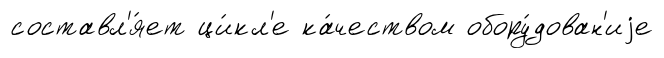
составл'я́ет ци́кл'е ка́чеством обору́дован'иjе